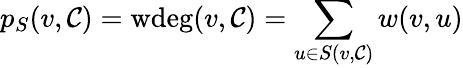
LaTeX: p_{S}(v,\mathcal{C})=\mathrm{wdeg}(v,\mathcal{C})=\sum_{u\in S(v,\mathcal{C})}w(v,u)